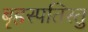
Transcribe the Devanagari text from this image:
बृहस्पतिस्तु